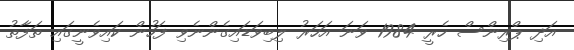
އަދި ޕްރިންސް ހެރީ 1984 ވަނަ އަހަރު ލިބިވަޑައިގެންނެވި ފަހުން ކައިވެނީގައި ތަފާތު